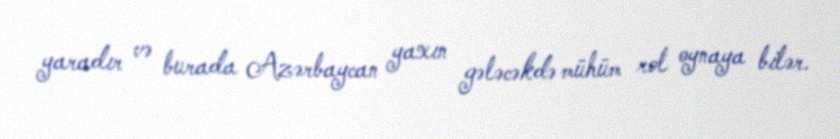
yaradır və burada Azərbaycan yaxın gələcəkdə mühüm rol oynaya bilər.